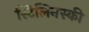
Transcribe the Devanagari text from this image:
स्टिलिनस्की